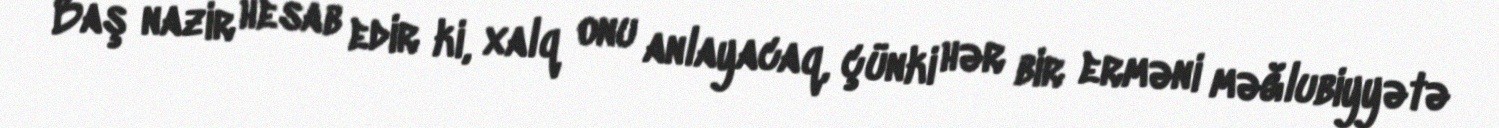
Baş nazir hesab edir ki, xalq onu anlayacaq, çünki hər bir erməni məğlubiyyətə